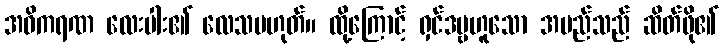
အဓိကရဏ လေးပါး၏ လေသမဟုတ်။ ထို့ကြောင့် ရှင်ဒဗ္ဗဟူသော အမည်သည် ဆိတ်ဖို၏